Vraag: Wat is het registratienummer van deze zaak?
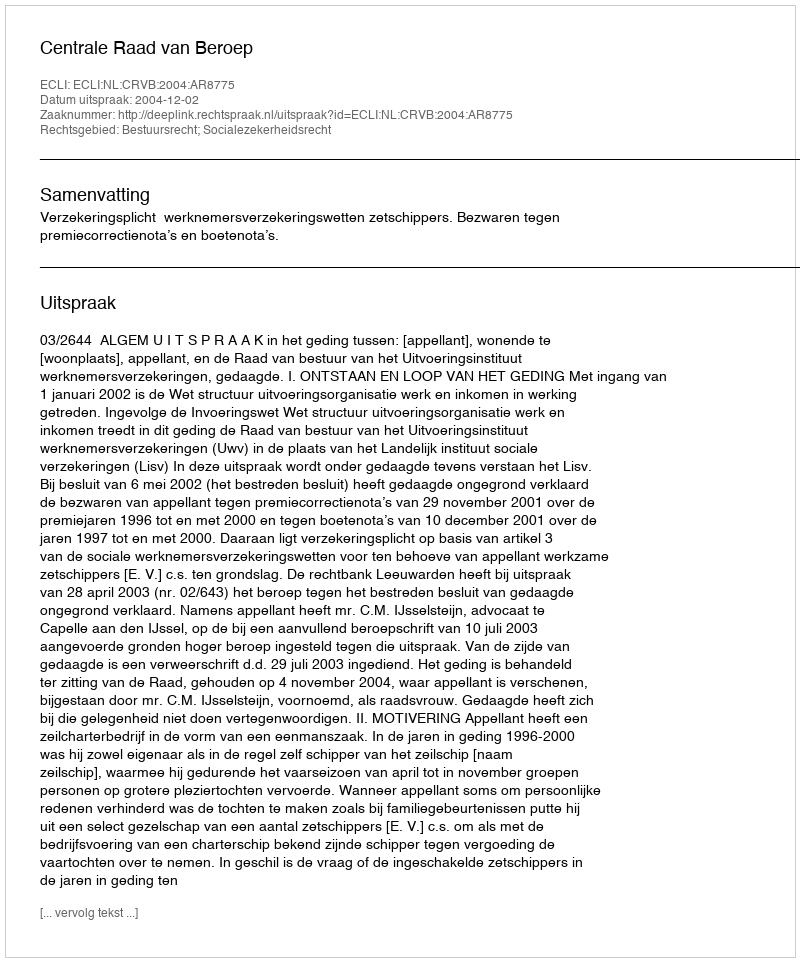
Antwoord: http://deeplink.rechtspraak.nl/uitspraak?id=ECLI:NL:CRVB:2004:AR8775